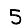
Digit: 5